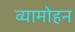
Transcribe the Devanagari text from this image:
व्यामोहन